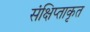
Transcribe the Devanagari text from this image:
संक्षिप्ताकृत